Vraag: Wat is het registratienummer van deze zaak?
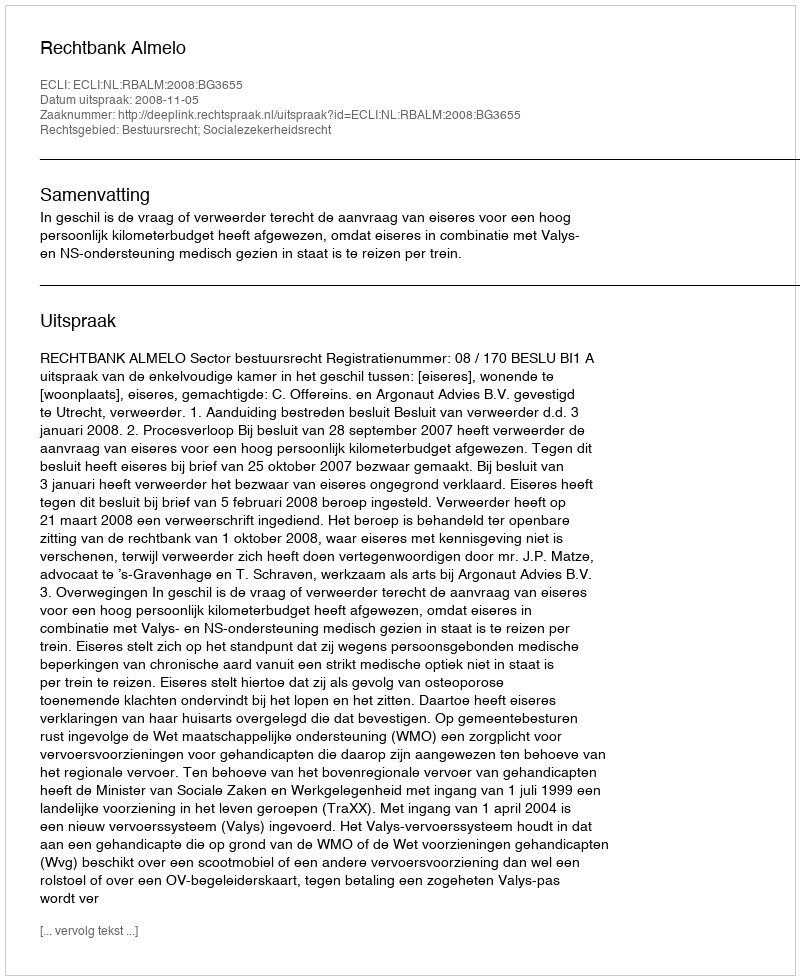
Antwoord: http://deeplink.rechtspraak.nl/uitspraak?id=ECLI:NL:RBALM:2008:BG3655